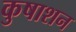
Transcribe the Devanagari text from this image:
कुषाशन